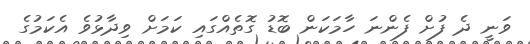
ވަނީ ދެ ފުށް ފެންނަ ހާމަކަން ބޮޑު ގޮތެއްގައި ކަމަށް ވިދާޅުވެ އެކަމުގެ